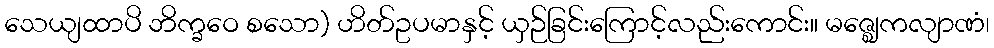
သေယျထာပိ ဘိက္ခဝေ စသော) ဟိတ်ဥပမာနှင့် ယှဉ်ခြင်းကြောင့်လည်းကောင်း။ မဇ္ဈေကလျာဏံ၊